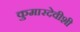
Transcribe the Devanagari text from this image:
कुमारदेवीशी